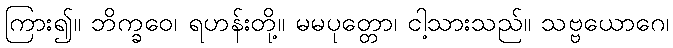
ကြား၍။ ဘိက္ခဝေ၊ ရဟန်းတို့။ မမပုတ္တော၊ ငါ့သားသည်။ သဗ္ဗယောဂေ၊